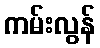
ကမ်းလွန်